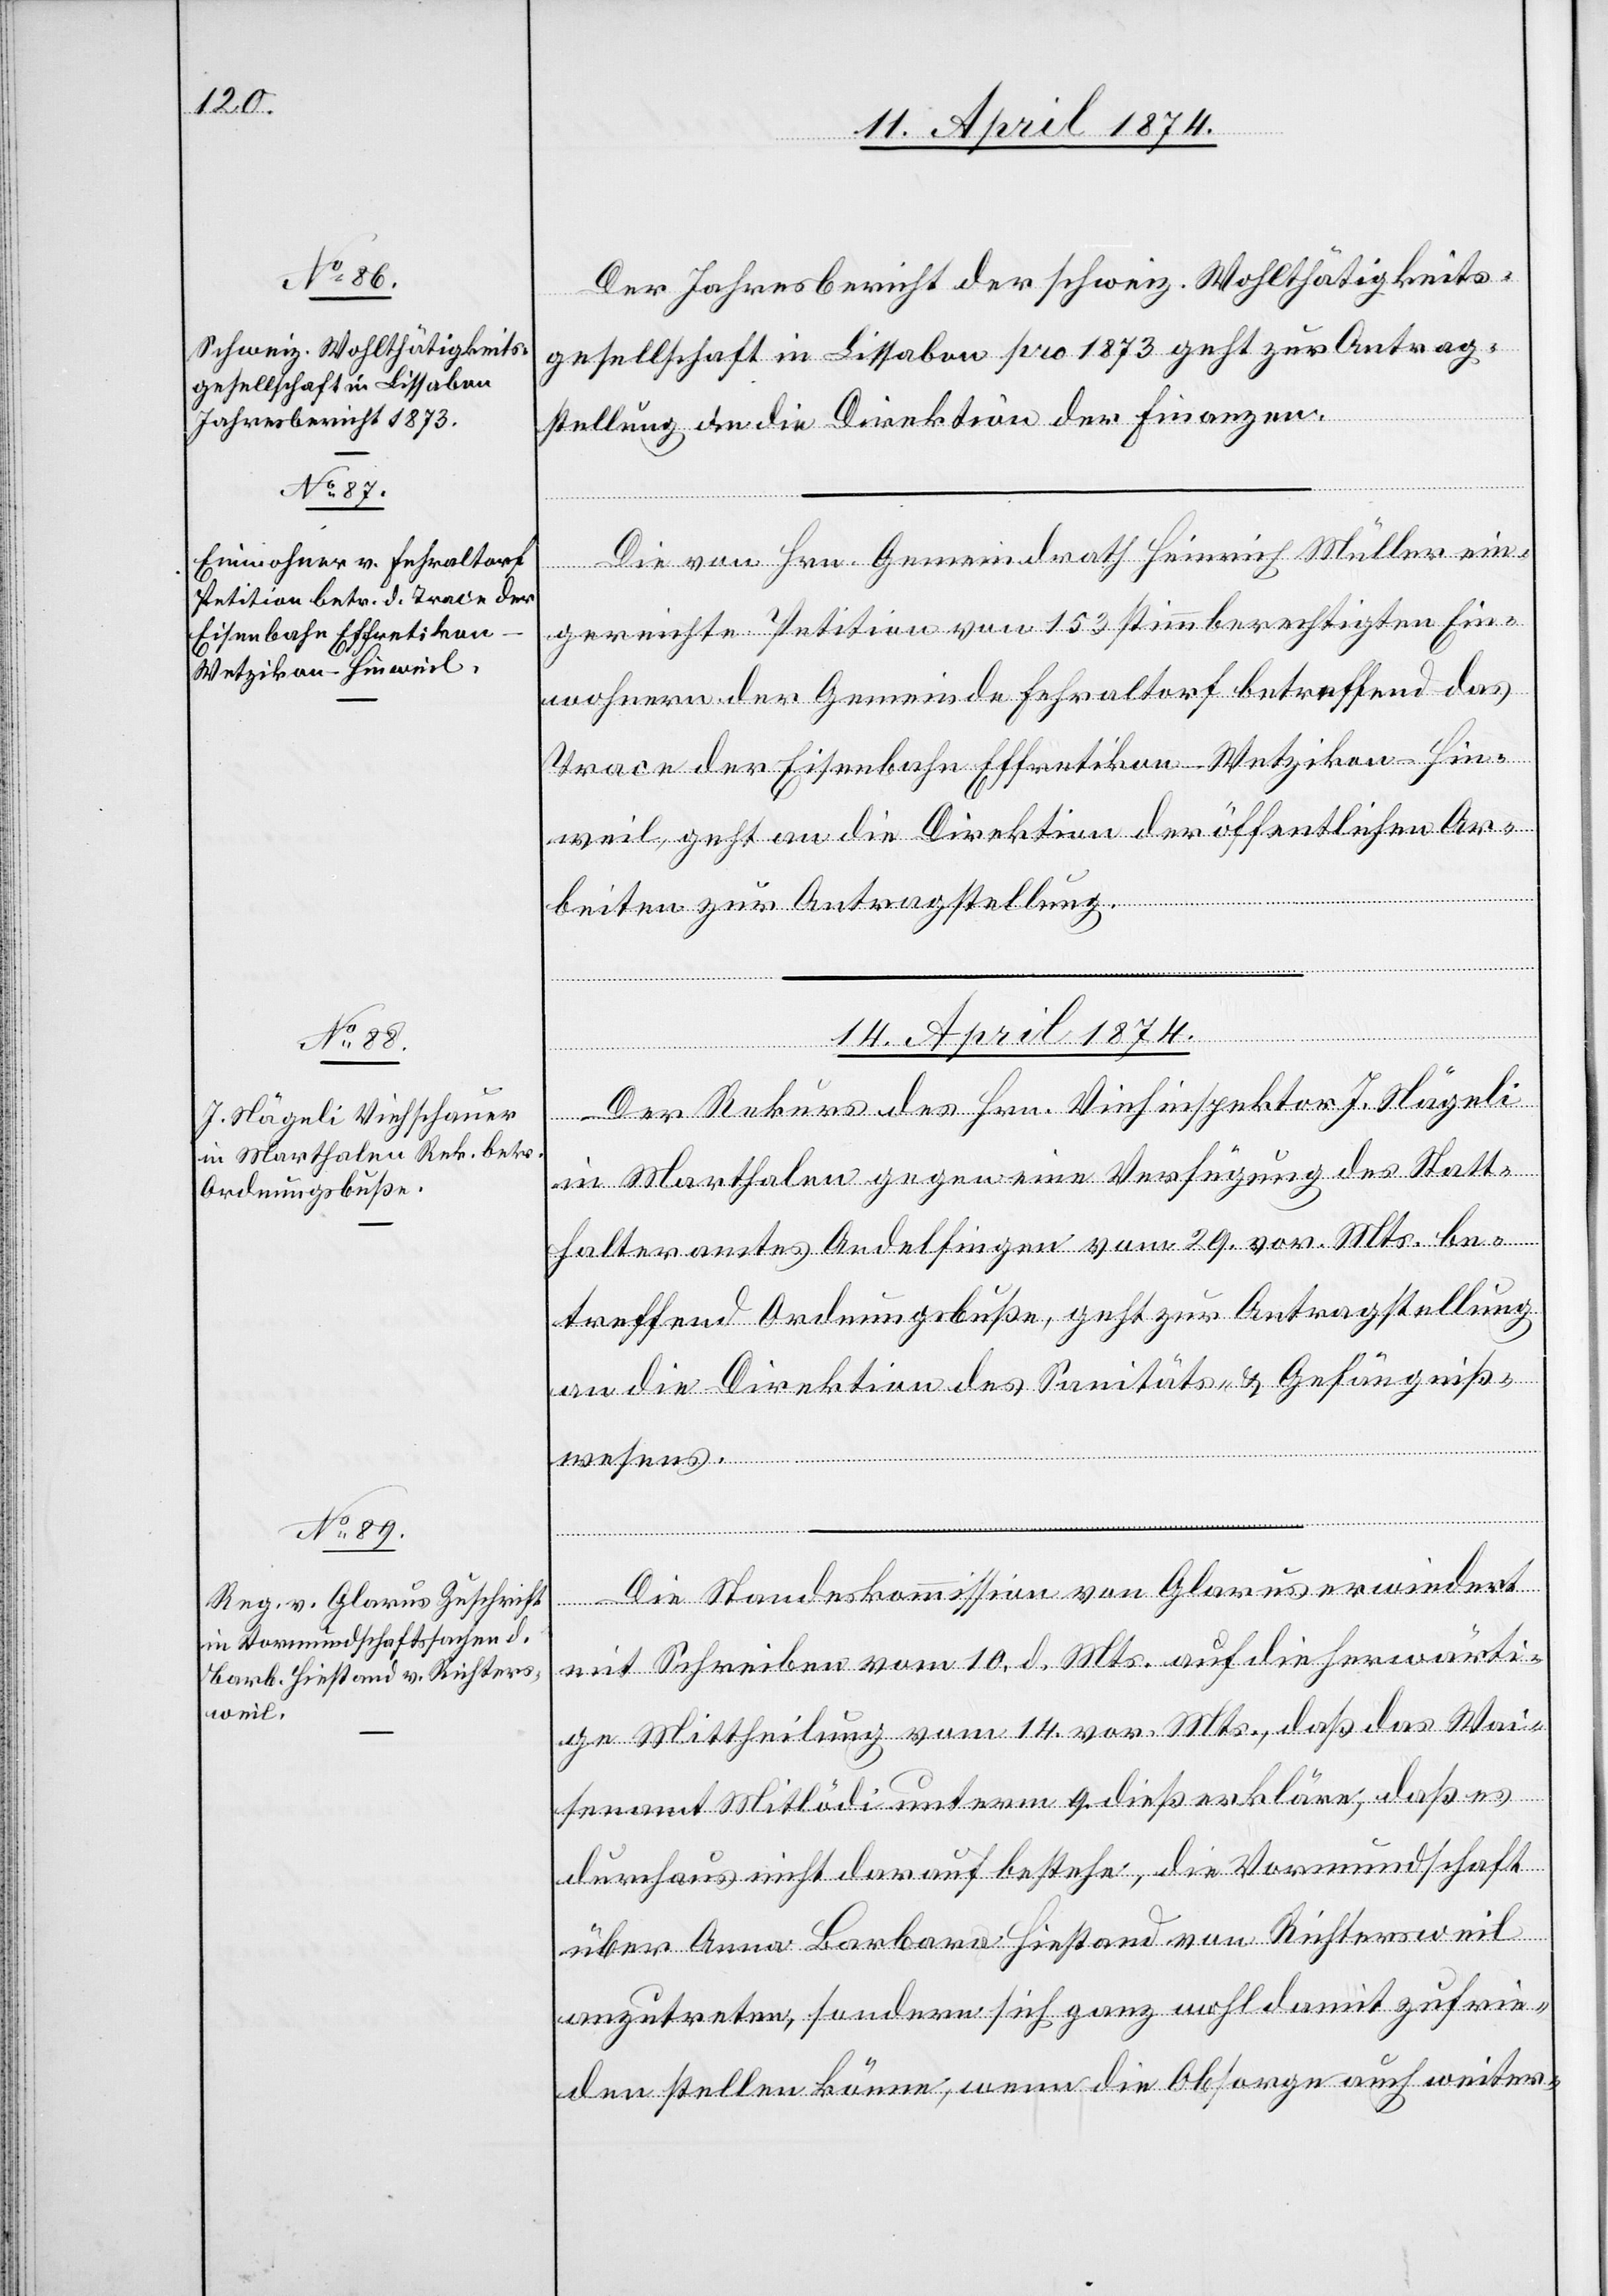
13. April 1874.]
Der Jahresbericht der schweiz. Wohlthätigkeits¬
gesellschaft in Lissabon pro 1873 geht zur Antrag¬
stellung an die Direktion der Finanzen.
Die von Hrn. Gemeindrath Heinrich Müller ein¬
gereichte Petition von 153 Stimmberechtigten Ein¬
wohnern der Gemeinde Fehraltorf betreffend das
Trace der Eisenbahn Effretikon-Wetzikon-Hin¬
weil, geht an die Direktion der öffentlichen Ar¬
beiten zur Antragstellung.
14. April 1874.]
Der Rekurs des Hrn. Viehinspektor J. Nägeli
in Marthalen gegen eine Verfügung des Statt¬
halteramtes Andelfingen vom 29. vor. Mts. be¬
treffend Ordnungsbuße, geht zur Antragstellung
an die Direktion des Sanitäts- u. Gefängniß¬
wesens.
Die Standeskommission von Glarus erwiedert
mit Schreiben vom 10. d. Mts. auf die herwärti¬
ge Mittheilung vom 14. vor. Mts., daß das Wai¬
senamt Mitlödi unterm 9. dieß erkläre, daß es
durchaus nicht darauf bestehe, die Vormundschaft
über Anna Barbara Hiestand von Richtersweil
anzutreten, sondern sich ganz wohl damit zufrie¬
den stellen könne, wenn die Obsorge auch weiter-